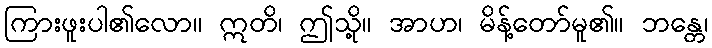
ကြားဖူးပါ၏လော။ ဣတိ၊ ဤသို့။ အာဟ၊ မိန့်တော်မူ၏။ ဘန္တေ၊